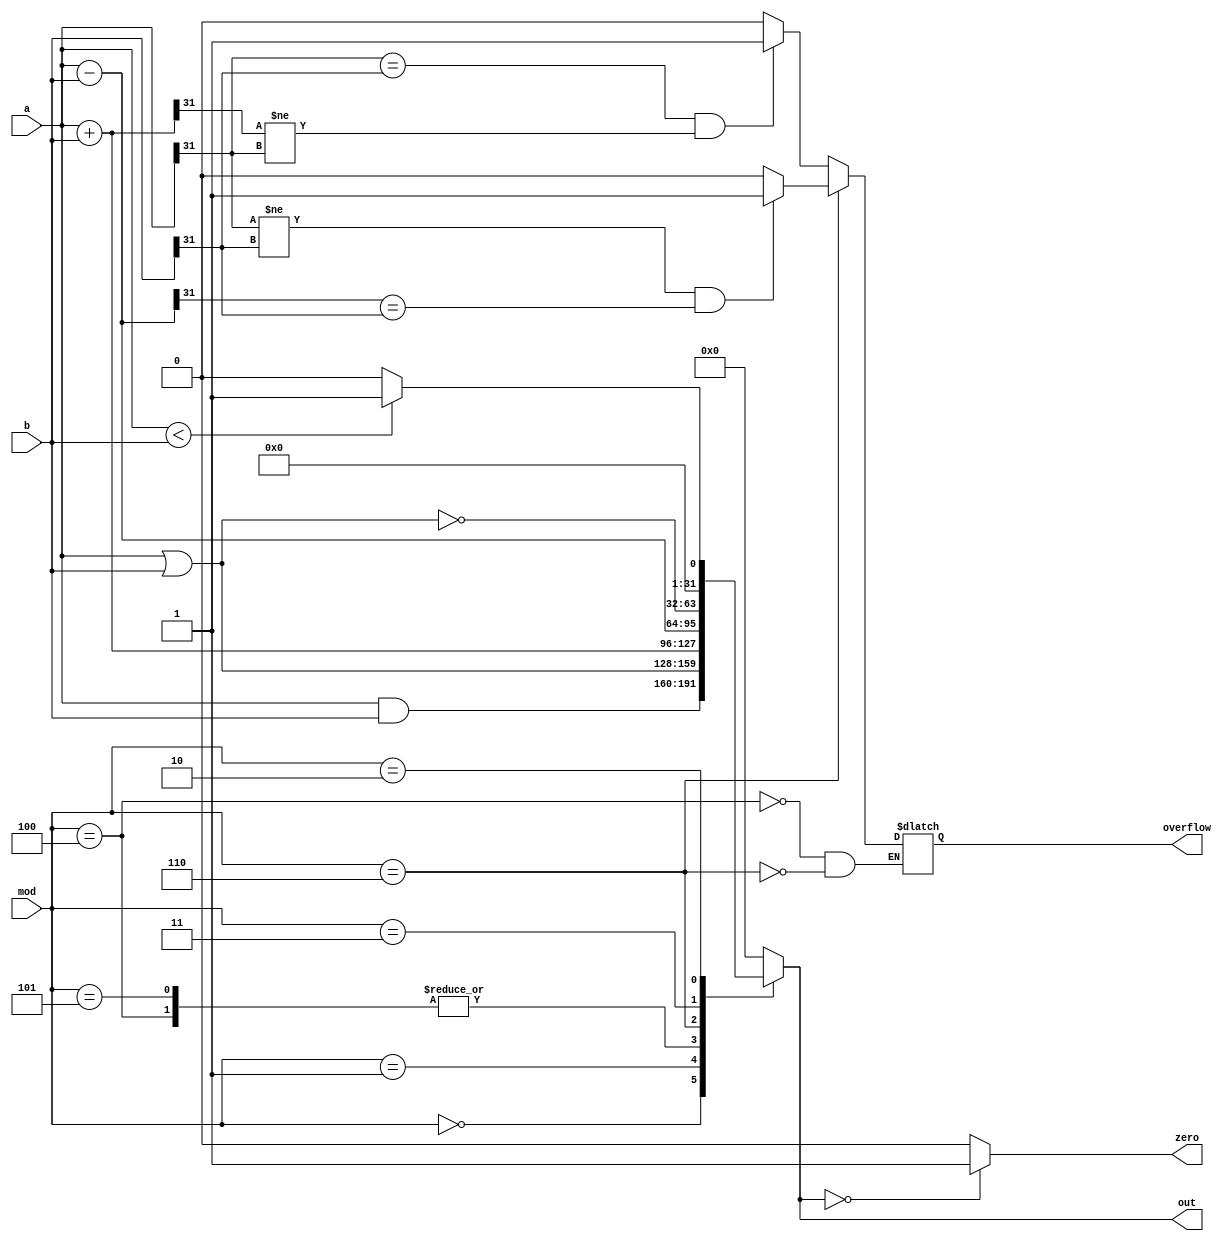
`timescale 1ns/1ps
module ALU (
    input [31:0] a,
    input [31:0] b,
    output reg [31:0] out,
    input [2:0] mod,
    output reg zero,
    output reg overflow
);
    always @(*) begin
        out = 0;
        case(mod)
            3'b000: 
                out = a & b;
            3'b001: 
                out = a | b;
            3'b100: begin
                out = a + b;
                overflow = (a[31] == b[31] && out[31] != a[31]) ? 1 : 0;
            end
            3'b101:
                out = a + b;
            3'b110: begin
                out = a - b;
                overflow = (a[31] != b[31] && out[31] == b[31]) ? 1 : 0;
            end
            3'b011:
                out = ~ (a | b);
            3'b010:
                out = (a < b) ? 1 : 0;
        endcase
        zero = (out == 0) ? 1 : 0;
    end
endmodule